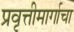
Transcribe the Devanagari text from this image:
प्रवृत्तीमार्गाचा